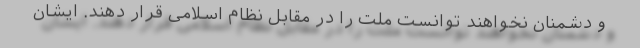
و دشمنان نخواهند توانست ملت را در مقابل نظام اسلامی قرار دهند. ایشان